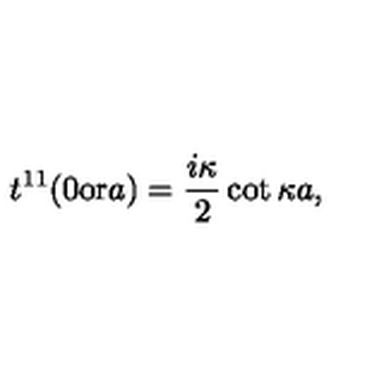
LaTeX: t ^ { 1 1 } ( 0 \mathrm { o r } a ) = { \frac { i \kappa } { 2 } } \cot \kappa a ,